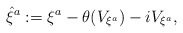
\begin{align*}{\hat{\xi}}^a:=\xi ^a -\theta(V_{\xi ^a})- iV_{\xi ^a},\end{align*}